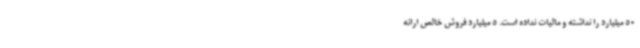
50 میلیارد را نداشته و مالیات نداده است. 5 میلیارد فروش خالص ارائه